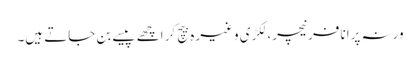
ورنہ پرانا فرنیچر، لکڑی وغیرہ بیچ کر اچھے پیسے بن جاتے ہیں۔